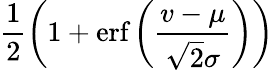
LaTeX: \frac{1}{2}\left(1+\textrm{erf}\left(\frac{v-\mu}{\sqrt{2}\sigma}\right)\right)